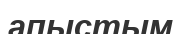
апыстым